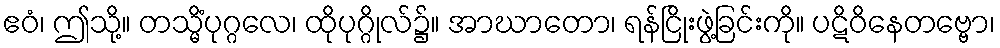
ဧဝံ၊ ဤသို့။ တသ္မိံပုဂ္ဂလေ၊ ထိုပုဂ္ဂိုလ်၌။ အာဃာတော၊ ရန်ငြိုးဖွဲ့ခြင်းကို။ ပဋိဝိနေတဗ္ဗော၊